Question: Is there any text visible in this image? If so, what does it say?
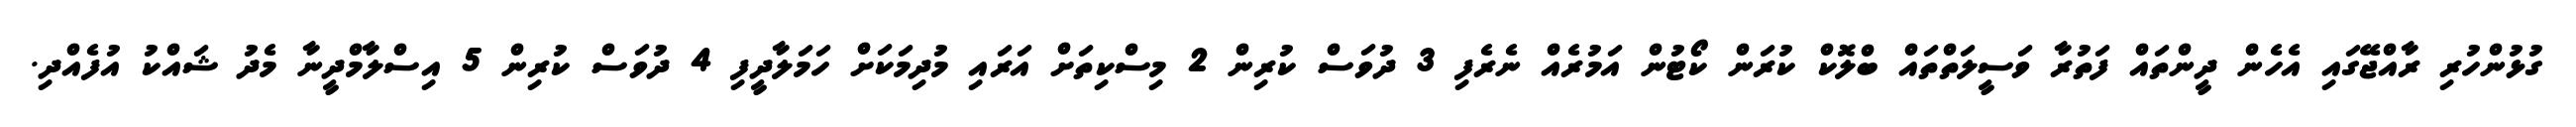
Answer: ގުޅުންހުރި ރާއްޖޭގައި އެހެން ދީންތައް ފަތުރާ ވަސީލަތްތައް ބްލޮކް ކުރަން ކޯޓުން އަމުރެއް ނެރެފި 3 ދުވަސް ކުރިން 2 މިސްކިތަށް އަރައި މުދިމަކަށް ހަމަލާދީފި 4 ދުވަސް ކުރިން 5 އިސްލާމްދީނާ މެދު ޝައްކު އުފެއްދި.